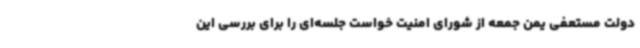
دولت مستعفی یمن جمعه از شورای امنیت خواست جلسه‌ای را برای بررسی این